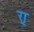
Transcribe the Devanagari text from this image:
र्‍ाृ